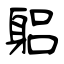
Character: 躳